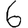
Digit: 6